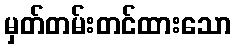
မှတ်တမ်းတင်ထားသော